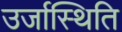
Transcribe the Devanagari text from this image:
उर्जास्थिति